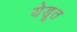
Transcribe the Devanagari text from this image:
येडूत